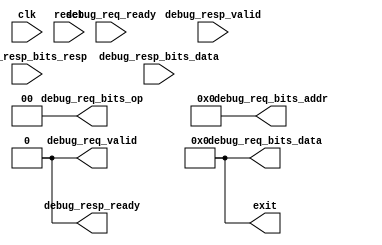
// See LICENSE.SiFive for license details.
//VCS coverage exclude_file

/*
import "DPI-C" function int debug_tick
(
  output bit     debug_req_valid,
  input  bit     debug_req_ready,
  output int     debug_req_bits_addr,
  output int     debug_req_bits_op,
  output int     debug_req_bits_data,

  input  bit        debug_resp_valid,
  output bit        debug_resp_ready,
  input  int        debug_resp_bits_resp,
  input  int        debug_resp_bits_data
);
*/

module SimDTM(
  input clk,
  input reset,

  output        debug_req_valid,
  input         debug_req_ready,
  output [ 6:0] debug_req_bits_addr,
  output [ 1:0] debug_req_bits_op,
  output [31:0] debug_req_bits_data,

  input         debug_resp_valid,
  output        debug_resp_ready,
  input  [ 1:0] debug_resp_bits_resp,
  input  [31:0] debug_resp_bits_data,

  output [31:0] exit
);

assign debug_req_valid = 0;
assign debug_req_bits_addr = 0;
assign debug_req_bits_op = 0;
assign debug_req_bits_data = 0;
assign debug_resp_ready = 0;
assign exit = 0;

/*
  bit r_reset;

  wire #0.1 __debug_req_ready = debug_req_ready;
  wire #0.1 __debug_resp_valid = debug_resp_valid;
  wire [31:0] #0.1 __debug_resp_bits_resp = {30'b0, debug_resp_bits_resp};
  wire [31:0] #0.1 __debug_resp_bits_data = debug_resp_bits_data;

  bit __debug_req_valid;
  int __debug_req_bits_addr;
  int __debug_req_bits_op;
  int __debug_req_bits_data;
  bit __debug_resp_ready;
  int __exit;

  assign #0.1 debug_req_valid = __debug_req_valid;
  assign #0.1 debug_req_bits_addr = __debug_req_bits_addr[6:0];
  assign #0.1 debug_req_bits_op = __debug_req_bits_op[1:0];
  assign #0.1 debug_req_bits_data = __debug_req_bits_data[31:0];
  assign #0.1 debug_resp_ready = __debug_resp_ready;
  assign #0.1 exit = __exit;

  always @(posedge clk)
  begin
    r_reset <= reset;
    if (reset || r_reset)
    begin
      __debug_req_valid = 0;
      __debug_resp_ready = 0;
      __exit = 0;
    end
    else
    begin
      __exit = debug_tick(
        __debug_req_valid,
        __debug_req_ready,
        __debug_req_bits_addr,
        __debug_req_bits_op,
        __debug_req_bits_data,
        __debug_resp_valid,
        __debug_resp_ready,
        __debug_resp_bits_resp,
        __debug_resp_bits_data
      );
    end
  end
*/
endmodule